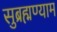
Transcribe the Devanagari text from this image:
सुब्रह्मण्याम